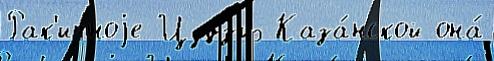
Рак'итноjе Цудз'иэ Каза́нской она́